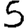
Digit: 5